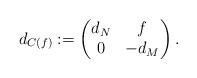
LaTeX: \begin{align*}d_{C(f)}:=\left(\begin{matrix}d_N & f\\0 & -d_M\end{matrix}\right).\end{align*}